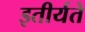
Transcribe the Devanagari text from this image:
इतीर्यते